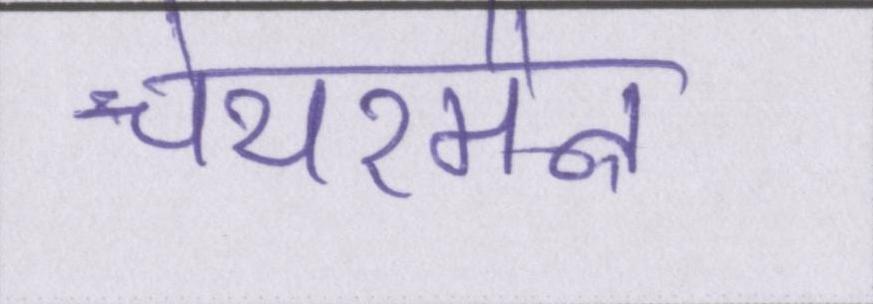
चेयरमैन